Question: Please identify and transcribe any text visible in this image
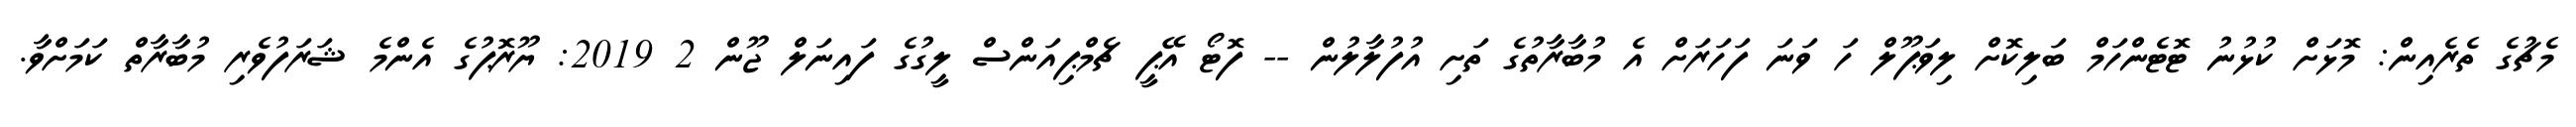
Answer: މެޗުގެ ތެރެއިން: މޮޅަށް ކުޅުނު ޓޮޓެންހަމް ބަލިކޮށް ލިވަޕޫލް ހަ ވަނަ ފަހަރަށް އެ މުބާރާތުގެ ތަށި އުފުލާލުން -- ފޮޓޯ އޭޕީ ޗެމްޕިއަންސް ލީގުގެ ފައިނަލް ޖޫން 2 2019: ޔޫރޮޕުގެ އެންމެ ޝަރަފުވެރި މުބާރާތް ކަމަށްވާ.